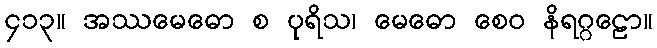
၄၁၃။ အဿမေဓော စ ပုရိသ၊ မေဓော စေဝ နိရဂ္ဂဠော။